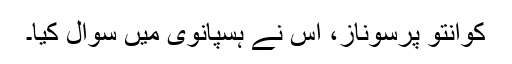
کوانتو پرسوناز، اس نے ہسپانوی میں سوال کیا۔